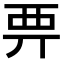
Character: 𧟦